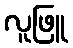
လူဖြူ